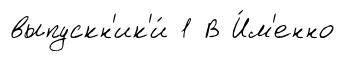
выпускн'ик'и́ 1 В И́м'енно